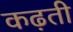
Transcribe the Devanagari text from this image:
कढ़ती